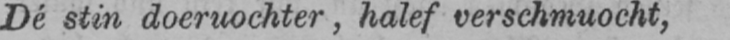
Dé stin doeruochter, halef verschmuocht,